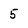
Character: 5